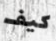
كيف